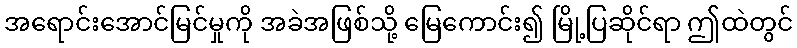
အရောင်းအောင်မြင်မှုကို အခဲအဖြစ်သို့ မြေကောင်း၍ မြို့ပြဆိုင်ရာ ဤထဲတွင်